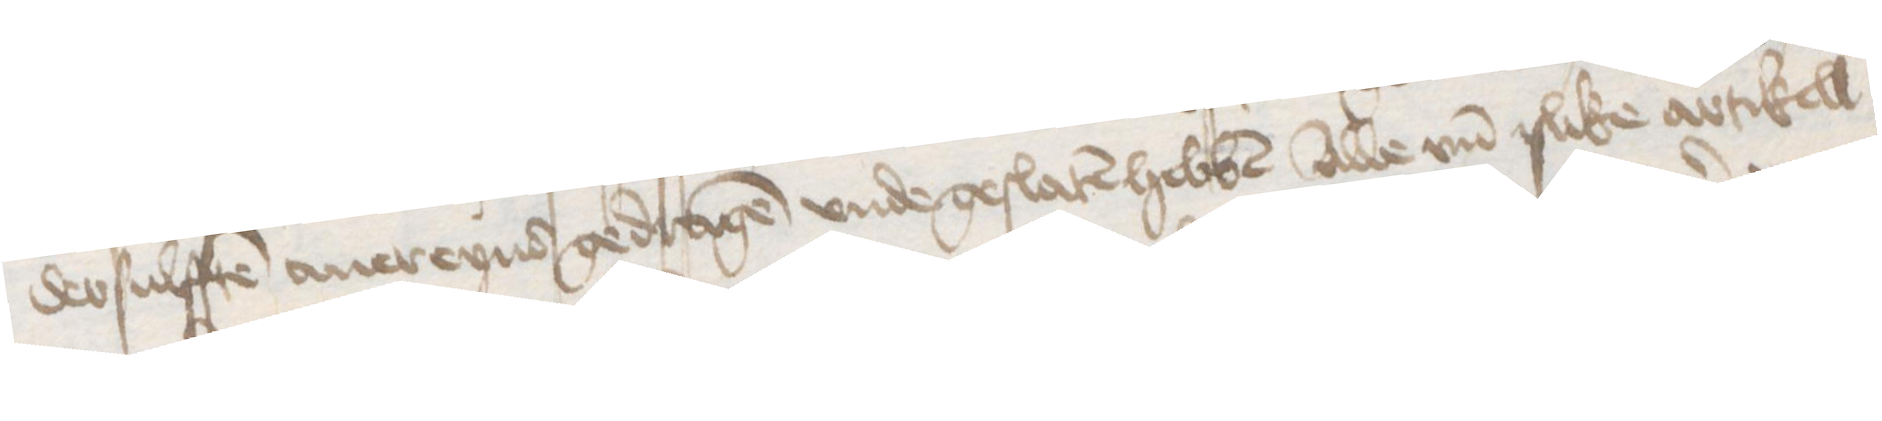
dessulffen auereynd gedragen vnde geslaten hebben alle vnd slike artikell